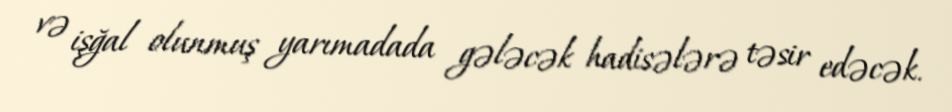
və işğal olunmuş yarımadada gələcək hadisələrə təsir edəcək.